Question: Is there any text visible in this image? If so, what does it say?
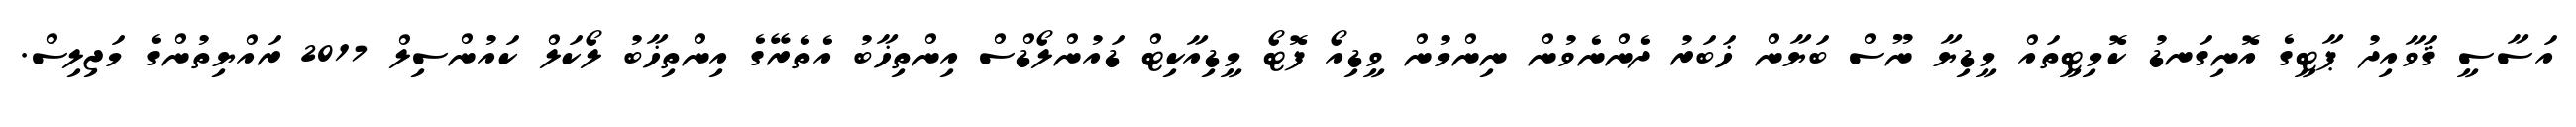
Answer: އަސާސީ ޤަވާއިދު ޕާޓީގެ އޮނިގަނޑު ކޮމިޓީތައް މީޑިޔާ ނޫސް ބަޔާން ޚަބަރު ދެންނެވުން ނިންމުން ވީޑިއޯ ފޮޓޯ މީޑިއާކިޓް ޑައުންލޯޑްސް އިންތިޚާބު އެތެރޭގެ އިންތިޚާބު ލޯކަލް ކައުންސިލް 2017 ރައްޔިތުންގެ މަޖިލިސް.